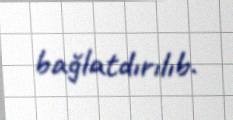
bağlatdırılıb.